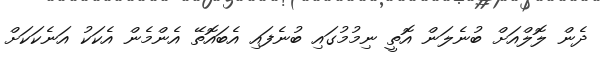
ދެން ލޮލްއަށް ބުނެލަން އޮތީ ނިމުމުގައި ބުނެފައި އެބައޮތޭ އެންމެން އެކަކު އަނެކަކަށް